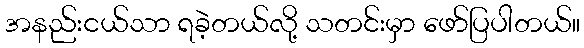
အနည်းငယ်သာ ရခဲ့တယ်လို့ သတင်းမှာ ဖော်ပြပါတယ်။